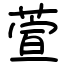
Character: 萱